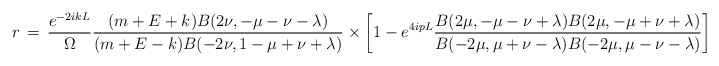
\begin{align*}r\,=\,\frac{e^{-2ikL}}{\Omega}\frac{(m+E+k)B(2\nu,-\mu-\nu-\lambda)}{(m+E-k)B(-2\nu,1-\mu+\nu+\lambda)}\times \left[1-e^{4ipL}\frac{B(2\mu,-\mu-\nu+\lambda) B(2\mu,-\mu+\nu+\lambda)}{B(-2\mu,\mu+\nu-\lambda) B(-2\mu,\mu-\nu-\lambda)}\right]\end{align*}